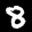
Label: 8